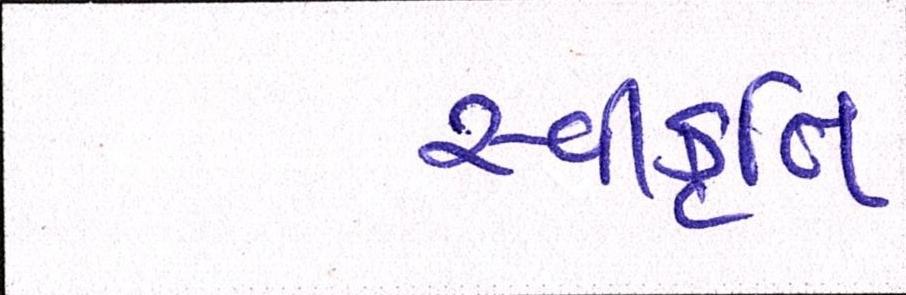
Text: સ્વીકૃતિ